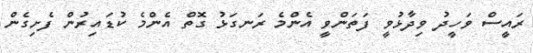
ރައީސް ވަހީދު ވިދާޅުވީ ފަތަންވީ އެންމެ ރަނގަޅު ގޮތް އެންމެ ކުޑައިރުން ފެށިގެން